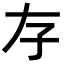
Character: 𡥂